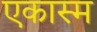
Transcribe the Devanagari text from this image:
एकास्म